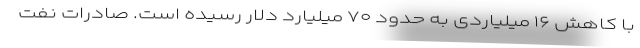
با کاهش ۱۶ میلیاردی به حدود ۷۰ میلیارد دلار رسیده است. صادرات نفت